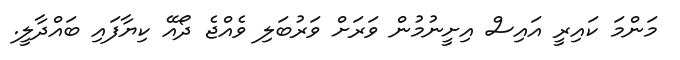
މަންމަ ކައިރީ އައިސް އިށީނުމުން ވަރަށް ވަރުބަލި ވެއްޖެ ދޯއޭ ކިޔާފައި ބައްދާލީ.